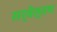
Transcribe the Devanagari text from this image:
सर्वेत्तम